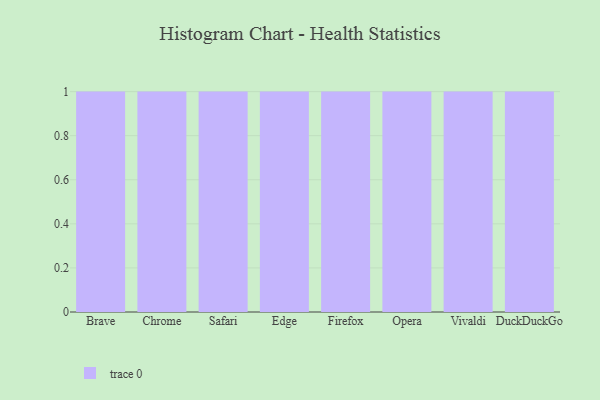
{"axis": {"x": "Browser", "y": "Customer Acquisition Cost (USD)"}, "legend": [""], "data": [{"x": "Brave", "y": 1, "type": ""}, {"x": "Chrome", "y": 100, "type": ""}, {"x": "Safari", "y": 71, "type": ""}, {"x": "Edge", "y": 92, "type": ""}, {"x": "Firefox", "y": 42, "type": ""}, {"x": "Opera", "y": 27, "type": ""}, {"x": "Vivaldi", "y": 94, "type": ""}, {"x": "DuckDuckGo", "y": 88, "type": ""}]}